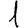
Digit: 1